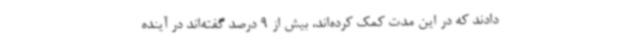
دادند که در این مدت کمک کرده‌اند، بیش از 9 درصد گفته‌اند در آینده